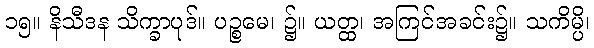
၁၅။ နိသီဒန သိက္ခာပုဒ်။ ပဉ္စမေ၊ ၌။ ယတ္ထ၊ အကြင်အခင်း၌။ သကိမ္ပိ၊